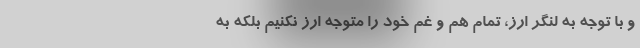
و با توجه به لنگر ارز، تمام هم و غم خود را متوجه ارز نکنیم بلکه به